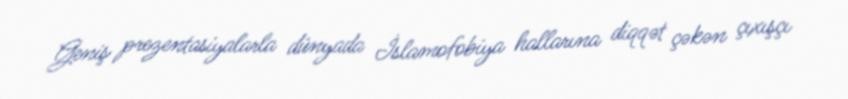
Geniş prezentasiyalarla dünyada İslamofobiya hallarına diqqət çəkən çıxışçı